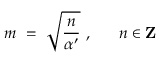
m ~ = ~ \sqrt { { \frac { n } { \alpha ^ { \prime } } } } ~ , ~ ~ ~ ~ ~ n \in { \bf Z }